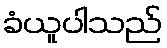
ခံယူပါသည်